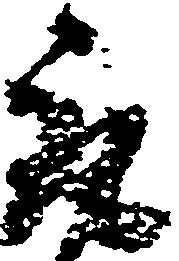
取